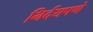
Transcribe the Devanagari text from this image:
निर्दयपणे